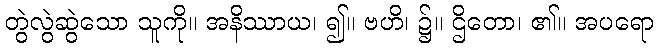
တွဲလွဲဆွဲသော သူကို။ အနိဿာယ၊ ၍။ ဗဟိ၊ ၌။ ဌိတော၊ ၏။ အပရော